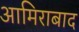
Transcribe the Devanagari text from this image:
आमिराबाद